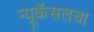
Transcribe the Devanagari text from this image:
न्यूकॅसलचा